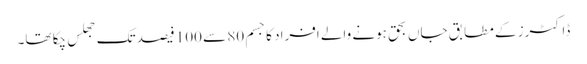
ڈاکٹرز کے مطابق جاں بحق ہونے والے افراد کا جسم 80 سے 100 فیصد تک جھلس چکا تھا۔